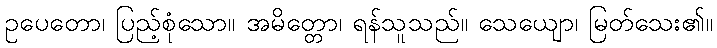
ဥပေတော၊ ပြည့်စုံသော။ အမိတ္တော၊ ရန်သူသည်။ သေယျော၊ မြတ်သေး၏။